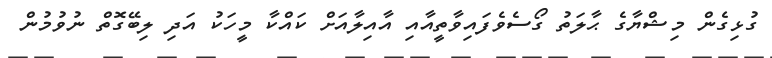
ގުޅިގެން މިޝްޔާގެ ޙާލަތު ގޯސެވެފައިވާތީއާއި އާއިލާއަށް ކައްކާ މީހަކު އަދި ލިބޭގޮތް ނުވުމުން